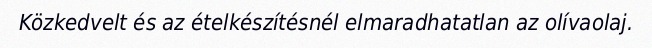
Közkedvelt és az ételkészítésnél elmaradhatatlan az olívaolaj.